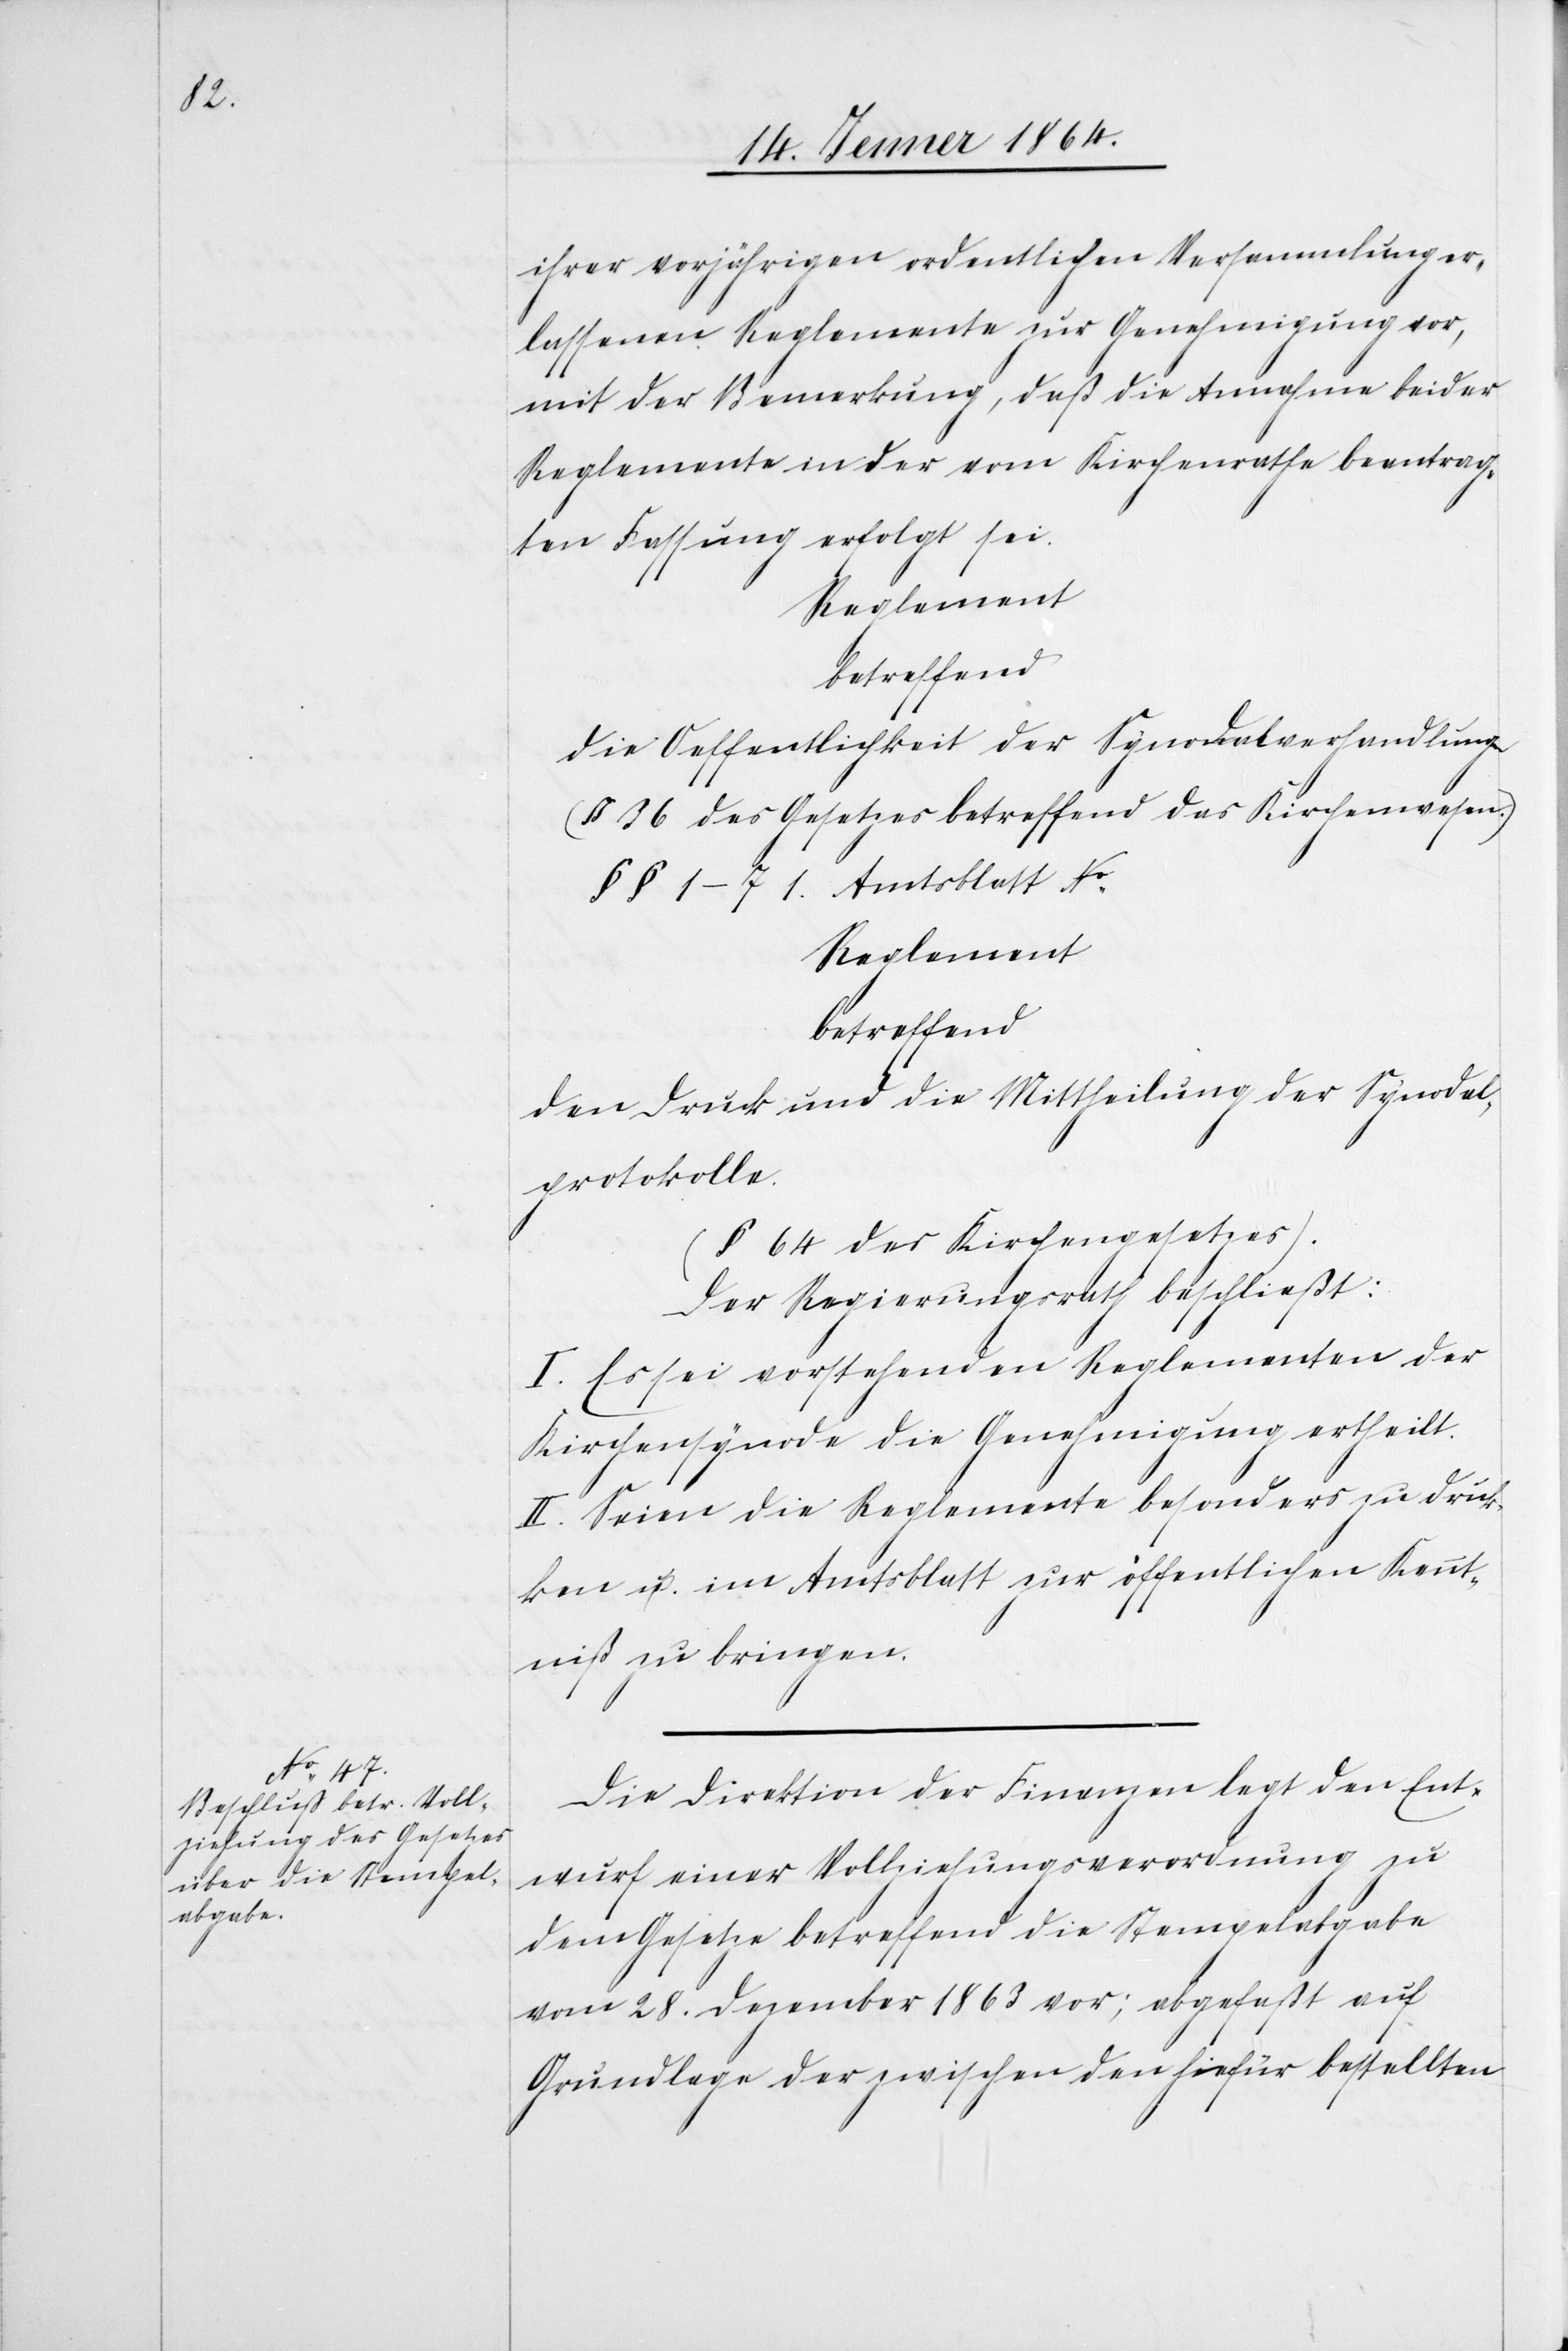
ihrer vorjährigen ordentlichen Versammlung er¬
lassenen Reglemente zur Genehmigung vor,
mit der Bemerkung, daß die Annahme beider
Reglemente in der vom Kirchenrathe beantrag¬
ten Fassung erfolgt sei.
Reglement
betreffend
die Oeffentlichkeit der Synodalverhandlungen
(§ 36 des Gesetzes betreffend das Kirchenwesen)
§§ 1–7 1. Amtsblatt No
Reglement
betreffend
den Druck und die Mittheilung der Synodal¬
protokolle.
(§ 64 des Kirchengesetzes).
Der Regierungsrath beschließt:
I. Es sei vorstehenden Reglementen der
Kirchensynode die Genehmigung ertheilt.
II. Seien die Reglemente besonders zu druk¬
ken u. im Amtsblatt zur öffentlichen Kennt¬
niß zu bringen.
Die Direktion der Finanzen legt den Ent¬
wurf einer Vollziehungsverordnung zu
dem Gesetze betreffend die Stempelabgabe
vom 28. Dezember 1863 vor; abgefaßt auf
Grundlage der zwischen den hiefür bestellten